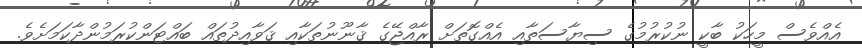
އެއްވެސް މީހަކު ބާކީ ނުކުރުމުގެ ސިޔާސަތާއި އެއްގޮތަށް ރާއްޖޭގެ ޤާނޫނުތަކާއި ޤަވާއިދުތައް ބައްޓަންކުރަމުންދާކަމަށެވެ.